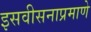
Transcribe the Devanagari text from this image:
इसवीसनाप्रमाणे